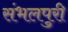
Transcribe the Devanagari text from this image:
संभलपुरी